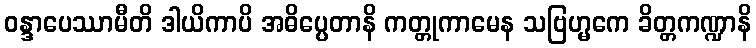
ဝန္ဒာပေဿာမီတိ ဒါယိကာပိ အဓိပ္ပေတာနိ ကတ္တုကာမေန သဗြဟ္မကေ ခိတ္တကဏ္ဍာနိ